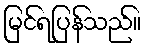
မြင်ရပြန်သည်။